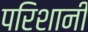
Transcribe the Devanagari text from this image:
परिशानी